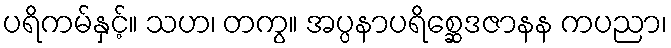
ပရိကမ်နှင့်။ သဟ၊ တကွ။ အပ္ပနာပရိစ္ဆေဒဇာနန ကပညာ၊